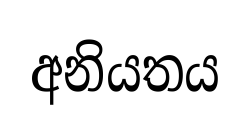
අනියතය